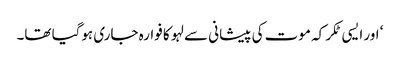
‘ اور ایسی ٹکر کہ موت کی پیشانی سے لہو کا فوارہ جاری ہوگیا تھا۔